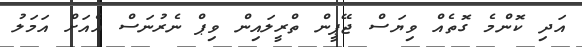
އަދި ކޮންމެ ގޮތެއް ވިޔަސް ޖޭޕީން ތްރީލައިން ވިޕް ނެރުނަސް އެއަށް އަމަލު